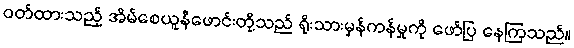
ဝတ်ထားသည့် အိမ်စေယူနီဖောင်းတို့သည် ရိုးသားမှန်ကန်မှုကို ဖော်ပြ နေကြသည်။